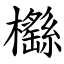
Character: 櫾